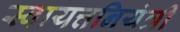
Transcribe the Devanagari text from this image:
स्वायत्तनियंत्री